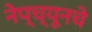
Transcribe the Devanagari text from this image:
नेप्च्यूनचे